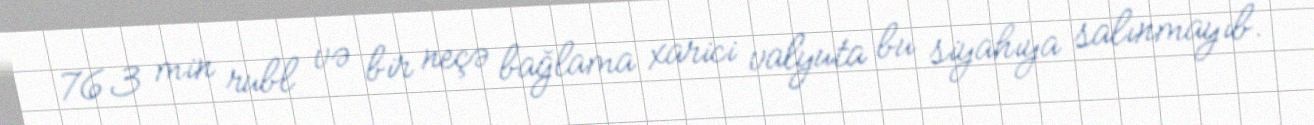
763 min rubl və bir neçə bağlama xarici valyuta bu siyahıya salınmayıb.